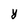
Character: y